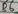
Text: D6